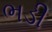
ભડી